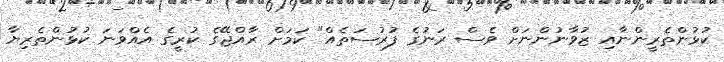
ކުޅުންތެރީންނާއި ޒުވާނުންނަށް ވެސް ރަނުގެ ފުރުސަތެއް" ކަމަށް ރާއްޖޭގެ ކުރީގެ އެއްވަނަ ކުޅުންތެރިޔާ